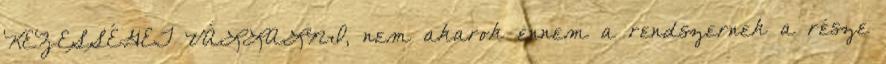
KEZESSÉGET VÁLLALNI, nem akarok ennem a rendszernek a része